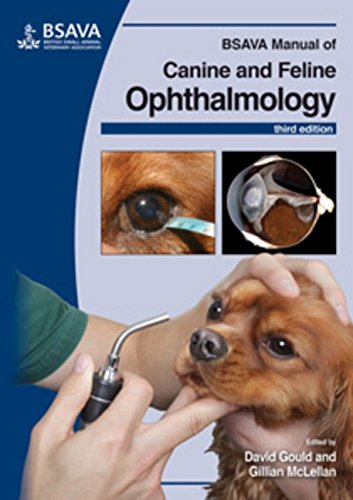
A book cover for BSAVA Manual of Canine and Feline Ophthalmology (BSAVA British Small Animal Veterinary Association); David Gould; Medical Books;